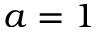
a = 1